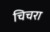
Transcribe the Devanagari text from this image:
चिचरा